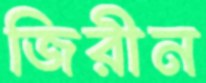
জিরীন